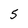
Character: 5